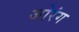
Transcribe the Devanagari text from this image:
जोरंग